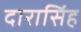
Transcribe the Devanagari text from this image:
दारासिंह